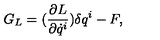
G _ { L } = ( \frac { \partial L } { \partial \dot { q } ^ { i } } ) \delta q ^ { i } - F ,